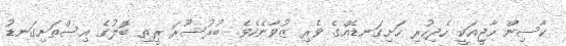
ކާސިން ހާޖީއަކީ ހެދިހުރި ހަށިގަނޑެއްގެ ވެރި ޒުވާނެކެވެ. ބުރުސޫރަ ރީތި ބޮލުގެ އިސްތަށިގަނޑު